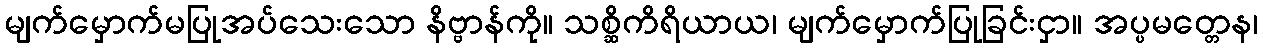
မျက်မှောက်မပြုအပ်သေးသော နိဗ္ဗာန်ကို။ သစ္ဆိကိရိယာယ၊ မျက်မှောက်ပြုခြင်းငှာ။ အပ္ပမတ္တေန၊